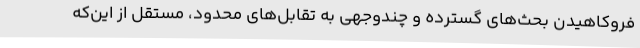
فروکاهیدن بحث‌های گسترده و چندوجهی به تقابل‌های محدود، مستقل از این‌که